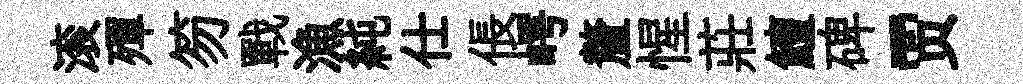
滚殫笏戰漁純仕倀崿釐惺莊鱣碑贾